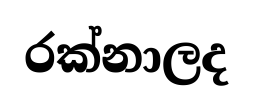
රක්නාලද